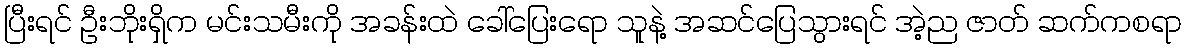
ပြီးရင် ဦးဘိုးရှိက မင်းသမီးကို အခန်းထဲ ခေါ်ပြေးရော သူနဲ့ အဆင်ပြေသွားရင် အဲ့ည ဇာတ် ဆက်ကစရာ